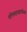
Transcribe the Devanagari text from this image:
पोपपदासाठीच्या